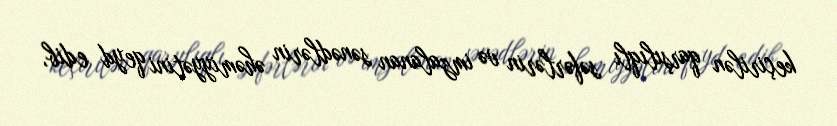
keçirilən qarşılıqlı səfərlərin və imzalanan sənədlərin əhəmiyyətini qeyd edib,